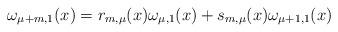
LaTeX: \begin{align*}\omega_{\mu+m,1}(x)= r_{m,\mu}(x)\omega_{\mu,1}(x)+s_{m,\mu}(x)\omega_{\mu+1,1}(x)\end{align*}